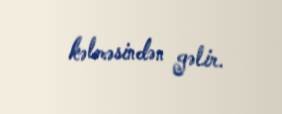
kəlməsindən gəlir.